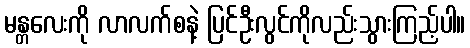
မန္တလေးကို လာလက်စနဲ့ ပြင်ဦးလွင်ကိုလည်းသွားကြည့်ပါ။